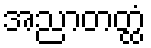
အညာတတ္ထံ